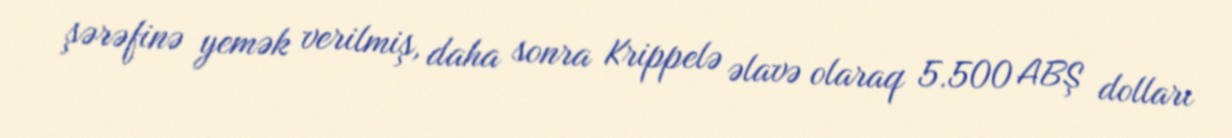
şərəfinə yemək verilmiş, daha sonra Krippelə əlavə olaraq 5.500 ABŞ dolları